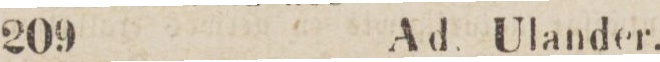
209    Ad. Ulander.